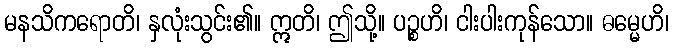
မနသိကရောတိ၊ နှလုံးသွင်း၏။ ဣတိ၊ ဤသို့။ ပဉ္စဟိ၊ ငါးပါးကုန်သော။ ဓမ္မေဟိ၊